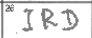
Transcription: IRD